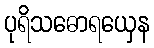
ပုရိသဓောရယှေန